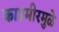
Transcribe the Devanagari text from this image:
काश्मीरमुळे